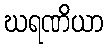
ဃရဏိယာ